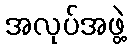
အလုပ်အဖွဲ့